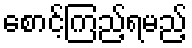
စောင့်ကြည့်ရမည့်